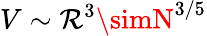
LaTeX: V\sim\mathcal{R}^{3}\simN^{3/5}